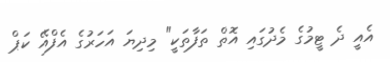
އެއީ ދެ ޓީމުގެ މެދުގައި އޮތް ތަފާތަކީ" މިދިޔަ އަހަރުގެ އެފްއޭ ކަޕް